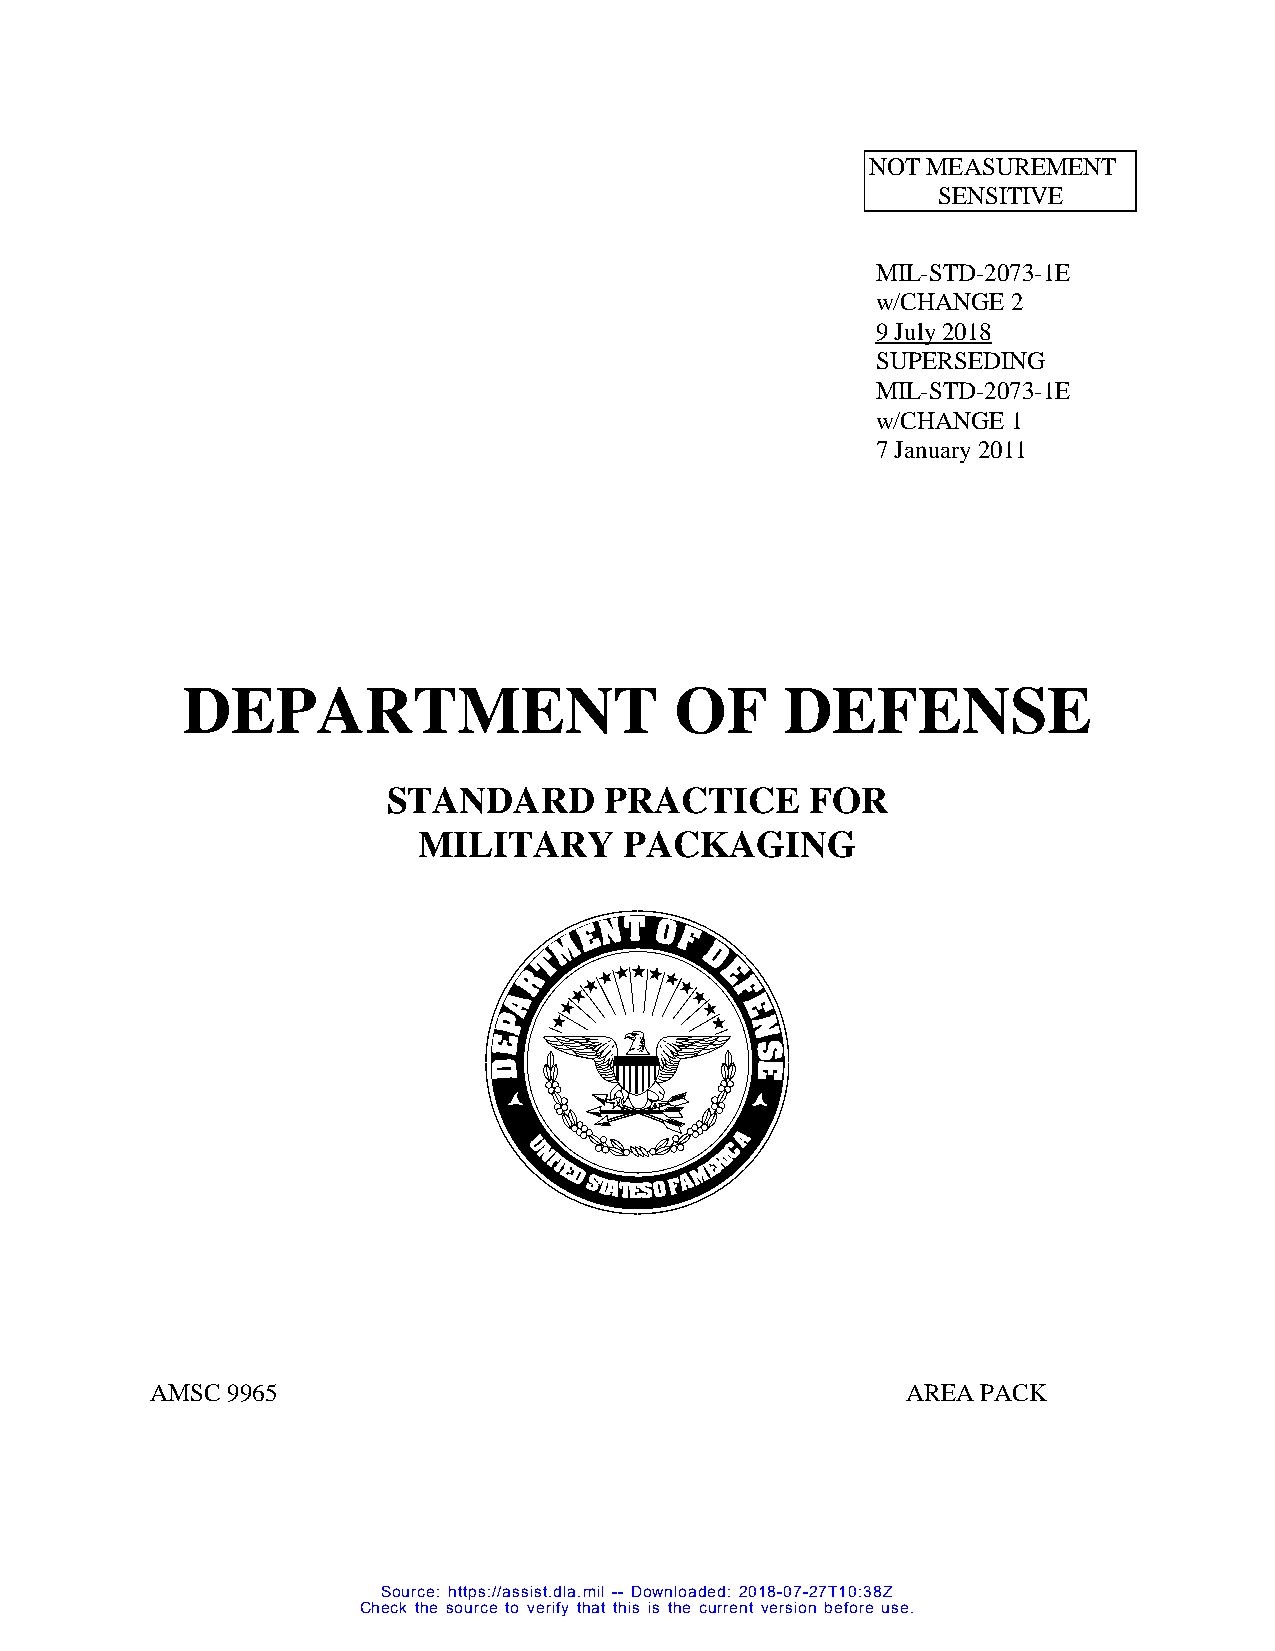
NOT MEASUREMENT
 SENSITIVE
 MIL-STD-2073-1E
 w/CHANGE 2
 9 July 2018
 SUPERSEDING
 MIL-STD-2073-1E
 w/CHANGE 1
 7 January 2011
 DEPARTMENT                       OF     DEFENSE
 STANDARD      PRACTICE      FOR
 MILITARY     PACKAGING
 AMSC 9965                                         AREA PACK
 Source: https://assist.dla.mil -- Downloaded: 2018-07-27T10:38Z
 Check the source to verify that this is the current version before use.